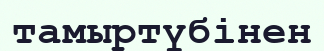
тамыртүбінен